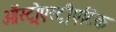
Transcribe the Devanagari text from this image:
ऑस्ट्रोएस्ट्रीएटिक